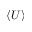
\langle U \rangle